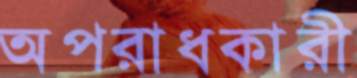
অপরাধকারী